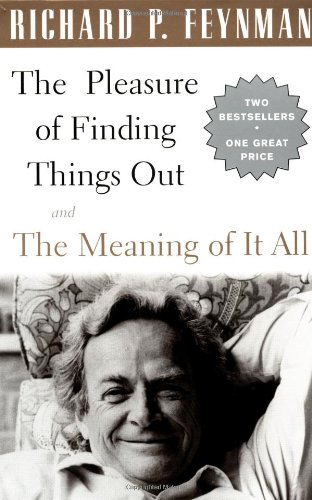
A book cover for Boxed Set Of Pleasure Of Finding Things Out & Meaning Of It All; Richard P. Feynman; Science & Math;